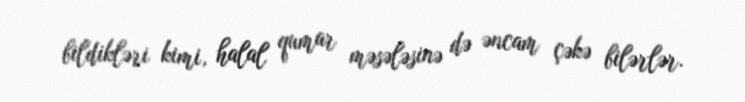
bildikləri kimi, halal qumar məsələsinə də əncam çəkə bilərlər.